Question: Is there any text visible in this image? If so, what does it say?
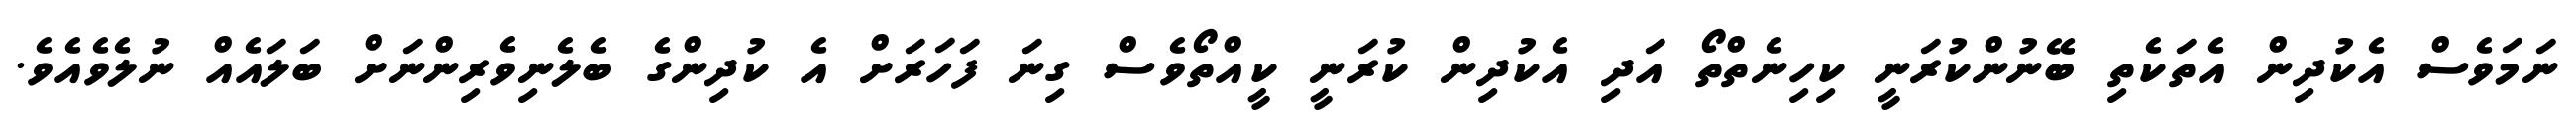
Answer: ނަމަވެސް އެކުދިން އެތަކެތި ބޭނުންކުރަނީ ކިހިނެތްތޯ އަދި އެކުދިން ކުރަނީ ކީއްތޯވެސް ގިނަ ފަހަރަށް އެ ކުދިންގެ ބެލެނިވެރިންނަށް ބަލައެއް ނުލެވެއެވެ.